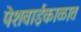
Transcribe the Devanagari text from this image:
पेशवाईकाळात